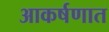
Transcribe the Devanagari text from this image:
आकर्षणात